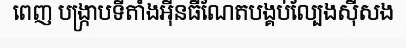
ពេញ បង្ក្រាបទីតាំងអ៊ីនធឺណែតបង្គប់ល្បែងស៊ីសង